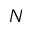
N